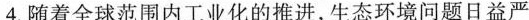
4.随着全球范围内工业化的推进，生态环境问题日益严